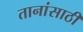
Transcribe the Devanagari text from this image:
तानांसाठी